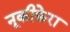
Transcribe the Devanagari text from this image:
नूकीफ़ेरा